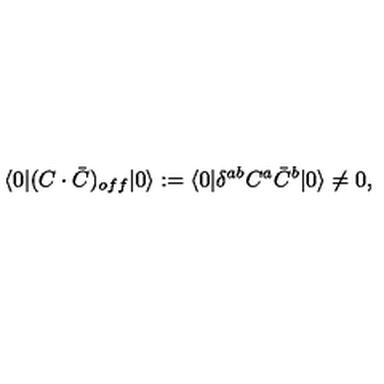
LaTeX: \langle 0 | ( C \cdot \bar { C } ) _ { o f f } | 0 \rangle : = \langle 0 | \delta ^ { a b } C ^ { a } \bar { C } ^ { b } | 0 \rangle \not = 0 ,